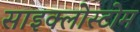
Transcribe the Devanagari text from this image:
साइक्लोस्टोम